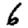
Digit: 6